Leaving Certificate Examination, 1904
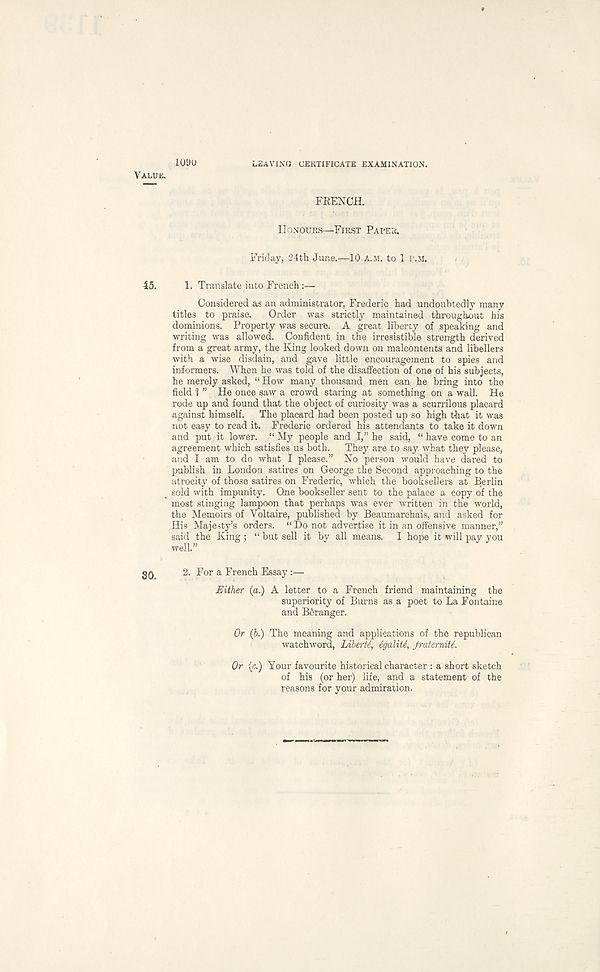
ioyu
LEAVING CERTIFICATE EXAMINATION.
VALUE.
FRENCH.
HONOURS—FIRST PAPER.
Friday, 24th June.—10 A.M. to 1 P.M.
45.
1. Translate into French :—
Considered as an administrator, Frederic had undoubtedly many
titles to praise.
Order was strictly maintained throughout his
dominions. Property was secure. A great liberty of speaking and
writing was allowed. Confident in the irresistible strength derived
from a great army, the King looked down on malcontents and libellers
with a wise disdain, and gave little encouragement to spies and
informers. When he was told of the disaffection of one of his subjects,
he merely asked, “ How many thousand men can he bring into the
field 1” He once saw a crowd staring at something on a wall. He
rode up and found that the object of curiosity was a scurrilous placard
against himself.
The placard had been posted up so high that it was
not easy to read it. Frederic ordered his attendants to take it down
and put it lower. “ My people and I,” he said, “ have come to an
agreement which satisfies us both.
They are to say what they please,
and I am to do what I please.” No person would have dared to
publish in London satires on George the Second approaching to the
atrocity of those satires on Frederic, which the booksellers at Berlin
^ sold with impunity. One bookseller sent to the palace a copy of the
most stinging lampoon that perhaps was ever written in the world,
the Memoirs of Voltaire, published by Beaumarchais, and asked for
His Majesty’s orders. “Do not advertise it in an offensive manner,”
said the King ; “ but sell it by all means. I hope it will pay you
well.”
30
2. For a French Essay :—
Either (a.) A letter to a French friend maintaining the
superiority of Burns as a poet to La Fontaine
and B^ranger.
Or (b.) The meaning and applications of the republican
watchword, Liberty 6galiU, JraterniU.
Or (c.) Your favourite historical character : a short sketch
of his (or her) life, and a statement of the
reasons for your admiration.